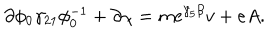
\partial \phi _ { 0 } \gamma _ { 2 1 } \phi _ { 0 } ^ { - 1 } + \partial \chi = m \mathrm { e } ^ { \gamma _ { 5 } \beta } v + e A .